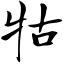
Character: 牯